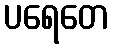
ပရေတေ